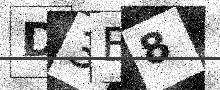
Text: D3B8